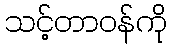
သင့်တာဝန်ကို